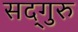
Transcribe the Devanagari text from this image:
सद्‍गुरु